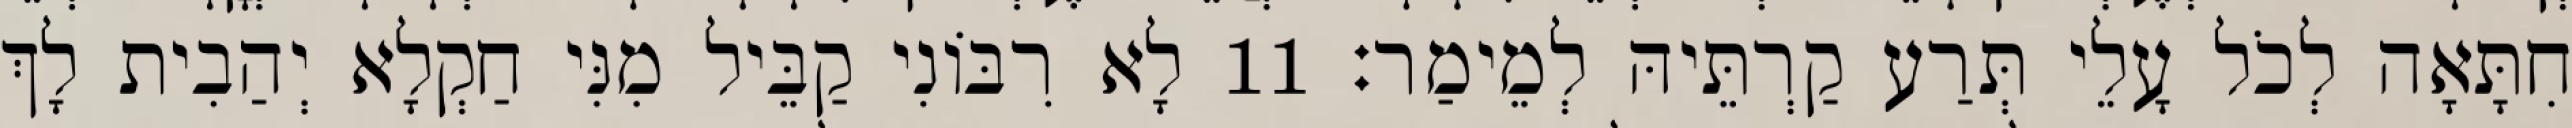
חִתָּאָה לְכֹל עָלֵי תְּרַע קַרְתֵּיהּ לְמֵימַר׃ 11 לָא רִבּוֹנִי קַבֵּיל מִנִּי חַקְלָא יְהַבִית לָךְ